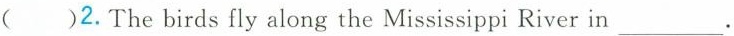
()2. The birds fly along the Mississippi River in ___.